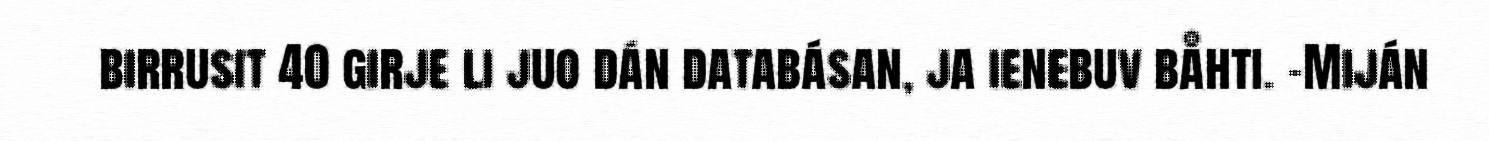
birrusit 40 girje li juo dán databásan, ja ienebuv båhti. -Miján